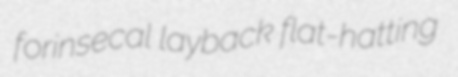
forinsecal layback flat-hatting